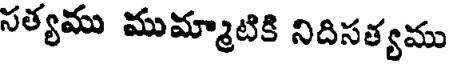
సత్యము ముమ్మాటికి నిదిసత్యము